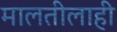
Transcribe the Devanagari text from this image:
मालतीलाही